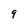
Character: 9